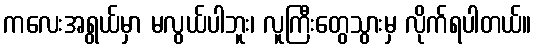
ကလေးအရွယ်မှာ မလွယ်ပါဘူး၊ လူကြီးတွေသွားမှ လိုက်ရပါတယ်။